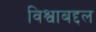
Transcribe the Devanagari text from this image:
विश्वाबद्दल